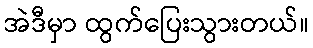
အဲဒီမှာ ထွက်ပြေးသွားတယ်။